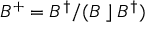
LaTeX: B ^ { + } = B ^ { \dagger } / ( B \; \rfloor \; B ^ { \dagger } )